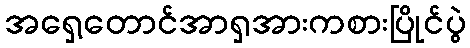
အရှေ့တောင်အာရှအားကစားပြိုင်ပွဲ